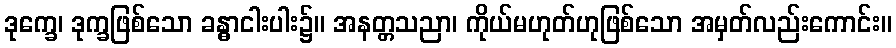
ဒုက္ခေ၊ ဒုက္ခဖြစ်သော ခန္ဓာငါးပါး၌။ အနတ္တသညာ၊ ကိုယ်မဟုတ်ဟုဖြစ်သော အမှတ်လည်းကောင်း။